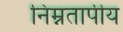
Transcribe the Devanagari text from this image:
निम्नतापीय